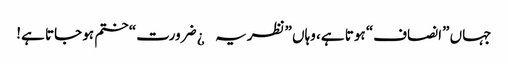
جہاں ”انصاف“ ہوتا ہے، وہاں ”نظریہ¿ ضرورت“ ختم ہو جاتا ہے!